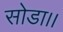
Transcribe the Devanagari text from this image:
सोडा।।